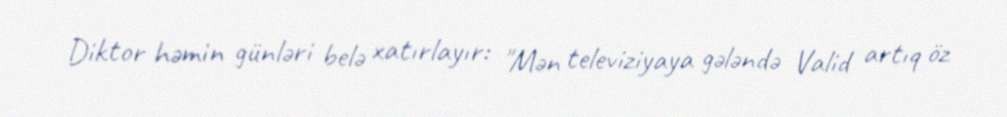
Diktor həmin günləri belə xatırlayır: "Mən televiziyaya gələndə Valid artıq öz